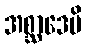
အစ္ဆာဒေမိ